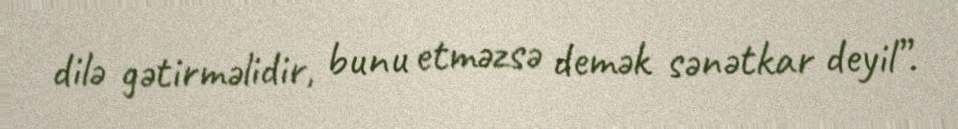
dilə gətirməlidir, bunu etməzsə demək sənətkar deyil”.